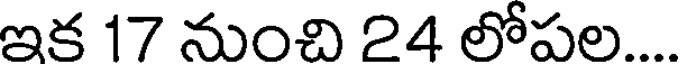
ఇక 17 నుంచి 24 లోపల....